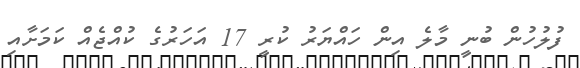
ފުލުހުން ބުނީ މާލެ އިން ހައްޔަރު ކުރީ 17 އަހަރުގެ ކުއްޖެއް ކަމަށާއި